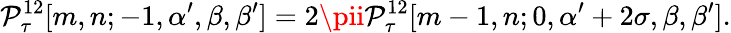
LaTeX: \mathcal{P}_{\tau}^{12}[m,n;-1,\alpha^{\prime},\beta,\beta^{\prime}]=2\pii\mathcal{P}_{\tau}^{12}[m-1,n;0,\alpha^{\prime}+2\sigma,\beta,\beta^{\prime}].